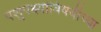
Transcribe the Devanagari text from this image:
पशुपक्ष्यांविषयीच्या